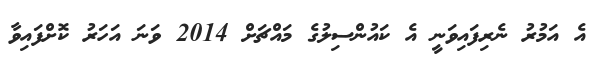
އެ އަމުރު ނެރިފައިވަނީ އެ ކައުންސިލުގެ މައްޗަށް 2014 ވަނަ އަހަރު ކޮށްފައިވާ